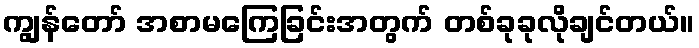
ကျွန်တော် အစာမကြေခြင်းအတွက် တစ်ခုခုလိုချင်တယ်။